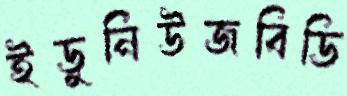
ইডুনিউজবিডি